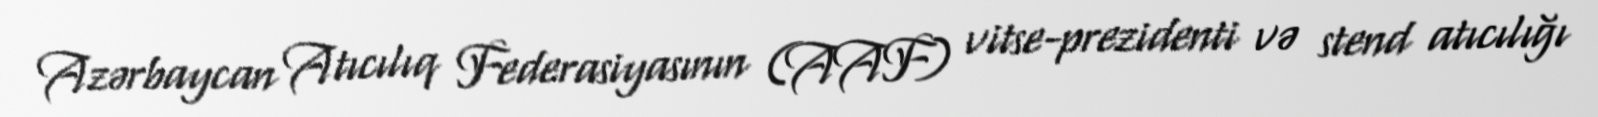
Azərbaycan Atıcılıq Federasiyasının (AAF) vitse-prezidenti və stend atıcılığı